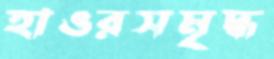
হাওরসমৃদ্ধ